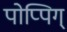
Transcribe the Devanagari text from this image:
पोप्पिग्